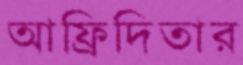
আফ্রিদিতার